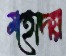
মহোদয়